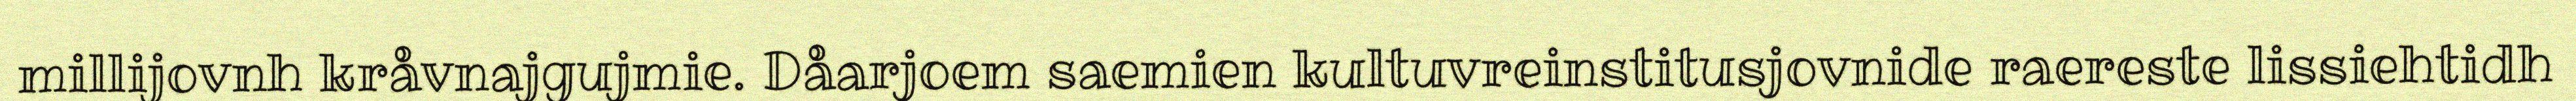
millijovnh kråvnajgujmie. Dåarjoem saemien kultuvreinstitusjovnide raereste lissiehtidh